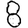
Digit: 8